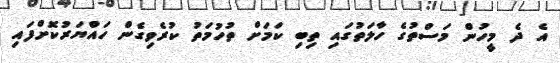
އެ ދެ މީހުން މަސްތުގެ ހާލަތުގައި ތިބި ކަމަށް ތުހުމަތު ކުރެވިގެން ހައްޔަރުކޮށްފައި